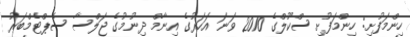
ހިންމަފުށި: ހިންމަފުށި ސްކޫލްގެ 2010 ވަނަ އަހަރުގެ އިނާމް ދިނުމުގެ ޖަލްސާ ސެޕްޓެމްބަރު